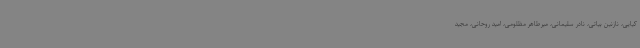
کیایی، نازنین بیاتی، نادر سلیمانی، میرطاهر مظلومی، امید روحانی، مجید